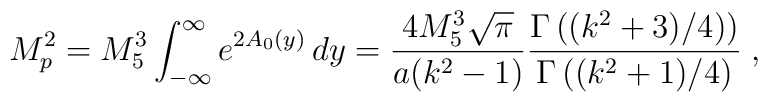
M_p^2 = M_5^3 \int_{-\infty}^{\infty} e^{2A_0(y)}\,  d y  =\frac{4 M_5^3 \sqrt{\pi}}{a(k^2-1)}\frac{\Gamma\left((k^2+3)/4)\right)}{\Gamma\left((k^2+1)/4\right)} \;,